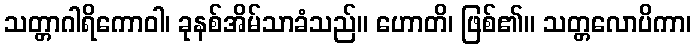
သတ္တာဂါရိကောဝါ၊ ခုနစ်အိမ်သာခံသည်။ ဟောတိ၊ ဖြစ်၏။ သတ္တလောပိကာ၊